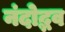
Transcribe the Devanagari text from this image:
नंदोद्भव